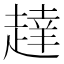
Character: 𬦔